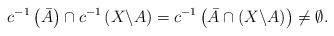
LaTeX: \begin{align*} c^{-1}\left( \bar A\right) \cap c^{-1}\left(X\backslash A\right)= c^{-1}\left( \bar A \cap (X\backslash A) \right)\neq \emptyset.\end{align*}